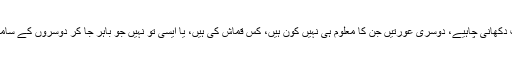
عورتوں میں جو قابل اعتبار ہوں اُن عورتوں کے سامنے ہی زینت دکھانی چاہیے، دوسری عورتیں جن کا معلوم ہی نہیں کون ہیں، کس قماش کی ہیں، یا ایسی تو نہیں جو باہر جا کر دوسروں کے سامنے تذکرہ کریں، یا باہر جا کر تذکرہ کر کے لگائی بجھائی کریں۔